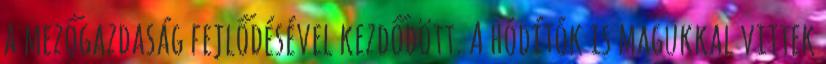
a mezőgazdaság fejlődésével kezdődött. A hódítók is magukkal vittek